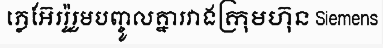
ភ្លេអ៊ែររ៉ូរួមបញ្ចូលគ្នារវាងក្រុមហ៊ុន Siemens